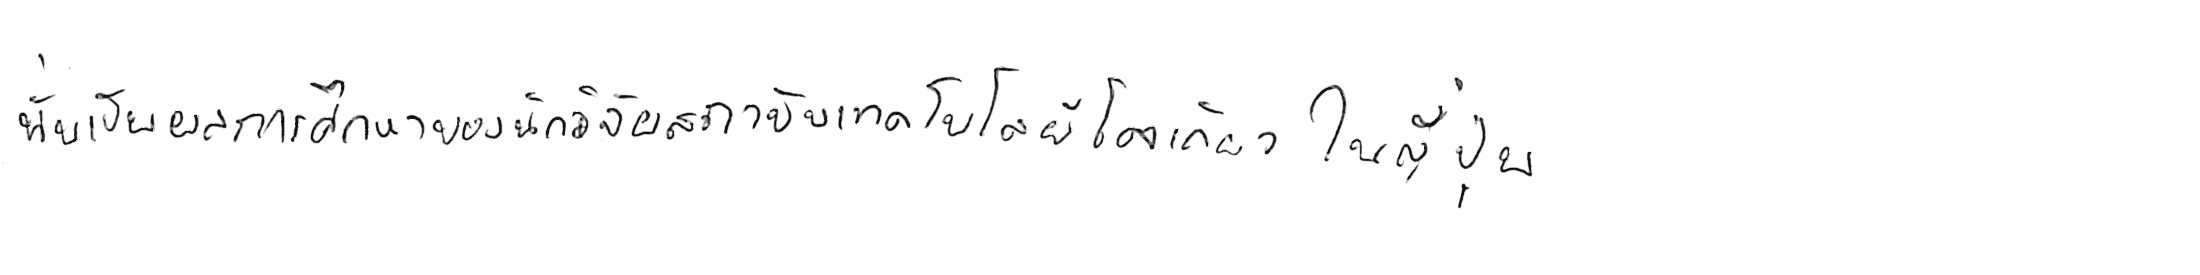
นั่นเป็นผลการศึกษาของนักวิจัยสถาบันเทคโนโลยีโตเกียว ในญี่ปุ่น